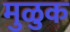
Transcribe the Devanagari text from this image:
मुळुक